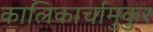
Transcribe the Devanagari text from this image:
कालिकार्चामुकुर